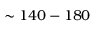
\sim 1 4 0 - 1 8 0